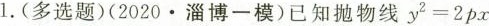
1. (多选题) (2020 · 淄博一模)已知抛物线 $$y ^ { 2 } = 2 p x$$